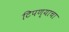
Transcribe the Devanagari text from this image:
टिपण्याचा